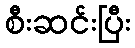
စီးဆင်းပြီး